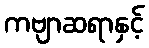
ကဗျာဆရာနှင့်